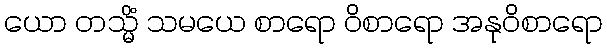
ယော တသ္မိံ သမယေ စာရော ဝိစာရော အနုဝိစာရော